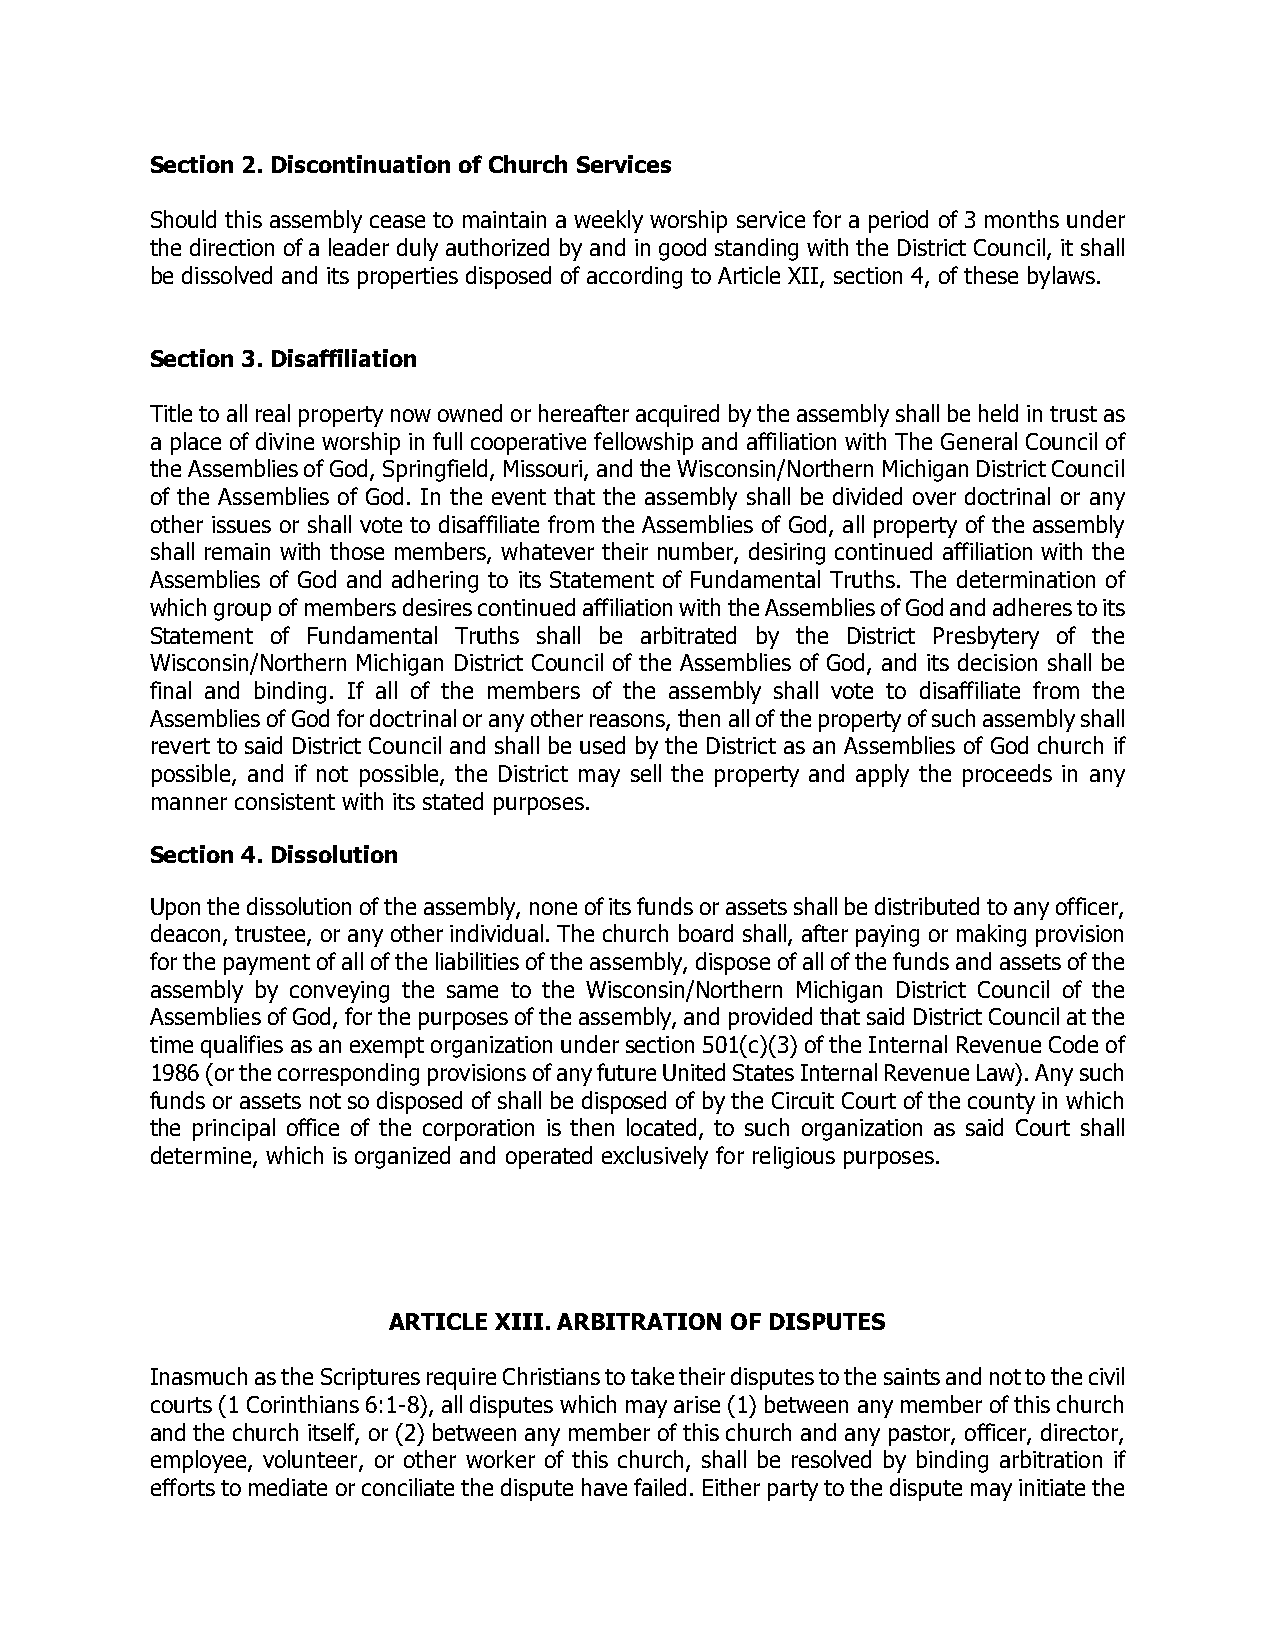
Section 2. Discontinuation of Church Services
 Should this assembly cease to maintain a weekly worship service for a period of 3 months under
 the direction of a leader duly authorized by and in good standing with the District Council, it shall
 be dissolved and its properties disposed of according to Article XII, section 4, of these bylaws.
 Section 3. Disaffiliation
 Title to all real property now owned or hereafter acquired by the assembly shall be held in trust as
 a place of divine worship in full cooperative fellowship and affiliation with The General Council of
 the Assemblies of God, Springfield, Missouri, and the Wisconsin/Northern Michigan District Council
 of the Assemblies of God. In the event that the assembly shall be divided over doctrinal or any
 other issues or shall vote to disaffiliate from the Assemblies of God, all property of the assembly
 shall remain with those members, whatever their number, desiring continued affiliation with the
 Assemblies of God and adhering to its Statement of Fundamental Truths. The determination of
 which group of members desires continued affiliation with the Assemblies of God and adheres to its
 Statement of Fundamental Truths shall be arbitrated by the District Presbytery of the
 Wisconsin/Northern Michigan District Council of the Assemblies of God, and its decision shall be
 final and binding. If all of the members of the assembly shall vote to disaffiliate from the
 Assemblies of God for doctrinal or any other reasons, then all of the property of such assembly shall
 revert to said District Council and shall be used by the District as an Assemblies of God church if
 possible, and if not possible, the District may sell the property and apply the proceeds in any
 manner consistent with its stated purposes.
 Section 4. Dissolution
 Upon the dissolution of the assembly, none of its funds or assets shall be distributed to any officer,
 deacon, trustee, or any other individual. The church board shall, after paying or making provision
 for the payment of all of the liabilities of the assembly, dispose of all of the funds and assets of the
 assembly by conveying the same to the Wisconsin/Northern Michigan District Council of the
 Assemblies of God, for the purposes of the assembly, and provided that said District Council at the
 time qualifies as an exempt organization under section 501(c)(3) of the Internal Revenue Code of
 1986 (or the corresponding provisions of any future United States Internal Revenue Law). Any such
 funds or assets not so disposed of shall be disposed of by the Circuit Court of the county in which
 the principal office of the corporation is then located, to such organization as said Court shall
 determine, which is organized and operated exclusively for religious purposes.
 ARTICLE XIII. ARBITRATION OF DISPUTES
 Inasmuch as the Scriptures require Christians to take their disputes to the saints and not to the civil
 courts (1 Corinthians 6:1-8), all disputes which may arise (1) between any member of this church
 and the church itself, or (2) between any member of this church and any pastor, officer, director,
 employee, volunteer, or other worker of this church, shall be resolved by binding arbitration if
 efforts to mediate or conciliate the dispute have failed. Either party to the dispute may initiate the